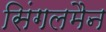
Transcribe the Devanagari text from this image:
सिंगलमैन